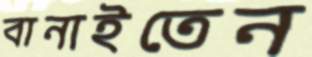
বানাইতেন